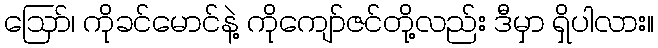
ဪ၊ ကိုခင်မောင်နဲ့ ကိုကျော်ဇင်တို့လည်း ဒီမှာ ရှိပါလား။